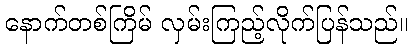
နောက်တစ်ကြိမ် လှမ်းကြည့်လိုက်ပြန်သည်။